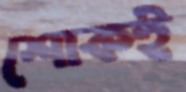
শোকই